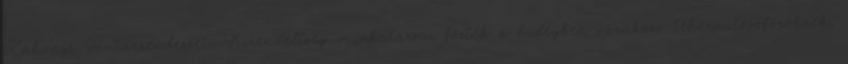
Záhonyi Határrendészeti Kirendeltség munkatársai főzték a hidegben várakozó teherautósofőröknek,